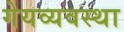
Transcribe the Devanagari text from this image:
गेयव्यवस्था